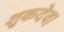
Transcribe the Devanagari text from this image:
शुकदेव।